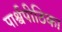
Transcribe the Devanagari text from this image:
पार्श्वपीठिका